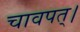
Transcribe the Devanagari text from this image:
चावपत्।